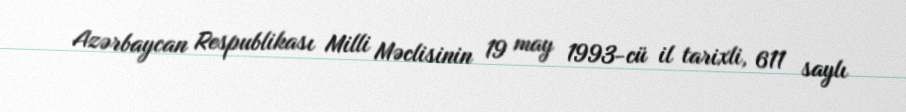
Azərbaycan Respublikası Milli Məclisinin 19 may 1993-cü il tarixli, 611 saylı